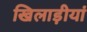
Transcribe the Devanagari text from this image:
खिलाड़ीयां